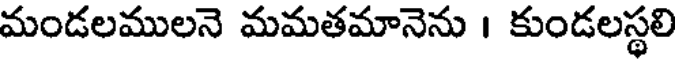
మండలములనె మమతమానెను । కుండలస్థలి